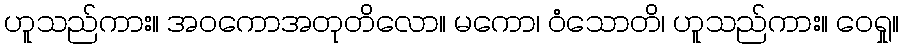
ဟူသည်ကား။ အဝကောအတုတိလော။ မကော၊ ဝံသောတိ၊ ဟူသည်ကား။ ဝေရှု။